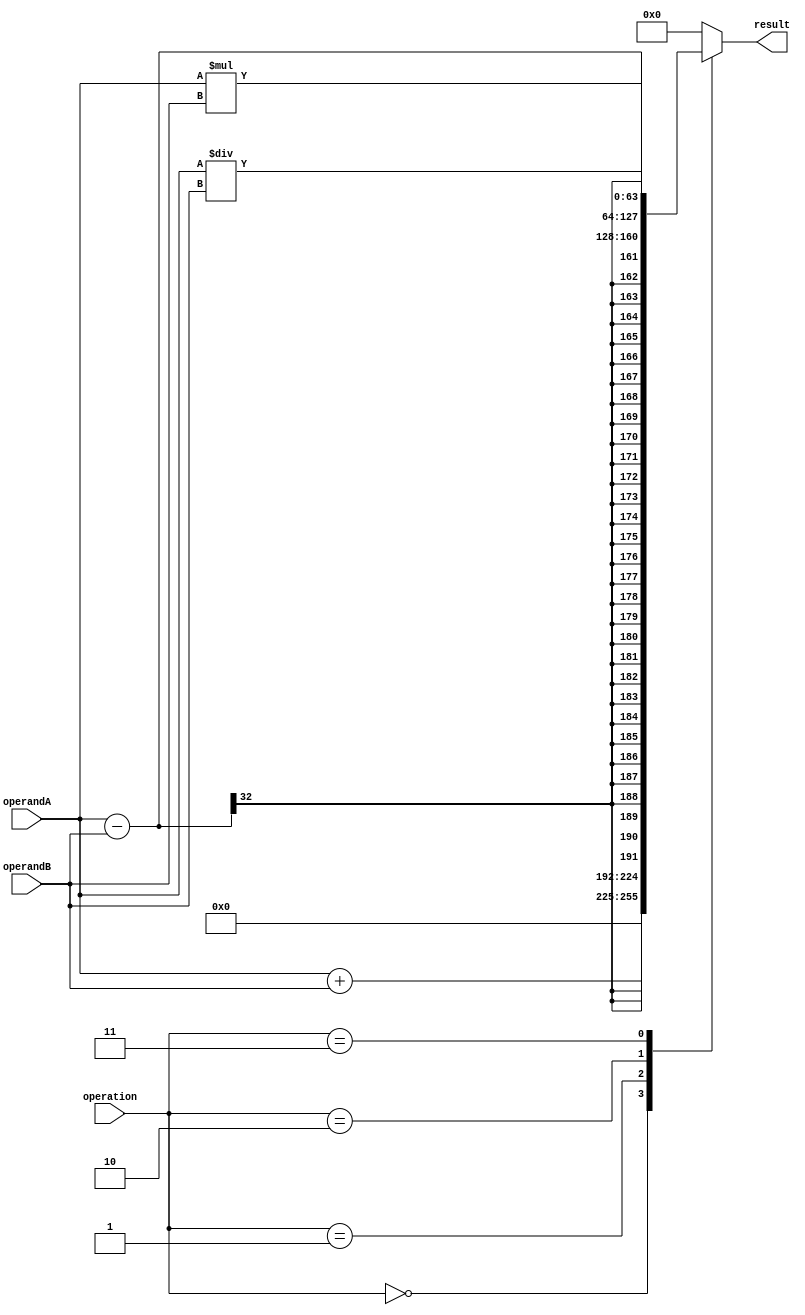
module arbitrary_precision_fpu (
  input wire [31:0] operandA,
  input wire [31:0] operandB,
  input wire [2:0] operation, // 0: addition, 1: subtraction, 2: multiplication, 3: division
  output reg [63:0] result
);

// Arithmetic operation selection
always @ (*)
begin
  case(operation)
    0: result = operandA + operandB;
    1: result = operandA - operandB;
    2: result = operandA * operandB;
    3: result = operandA / operandB;
    default: result = 64'd0;
  endcase
end

endmodule